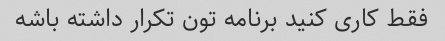
فقط کاری کنید برنامه تون تکرار داشته باشه